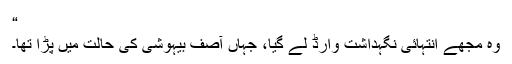
“
وہ مجھے انتہائی نگہداشت وارڈ لے گیا، جہاں آصف بیہوشی کی حالت میں پڑا تھا۔